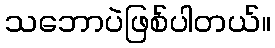
သဘောပဲဖြစ်ပါတယ်။